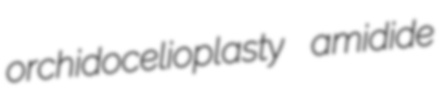
orchidocelioplasty amidide